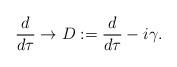
LaTeX: \begin{align*}\frac{d}{d\tau} \rightarrow D:= \frac{d}{d\tau} -i\gamma.\end{align*}